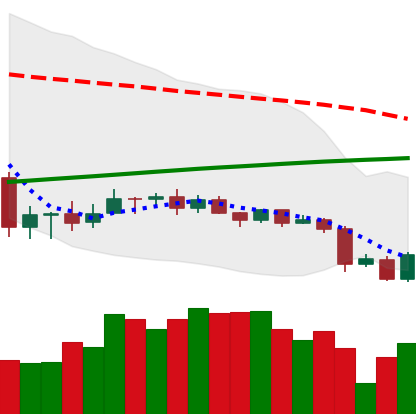
Ticker: ADA-USD
Chart end date: 2020-09-24
Forward return: 22.174%
Label: up_7plus